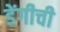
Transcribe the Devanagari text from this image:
डेंगीची